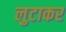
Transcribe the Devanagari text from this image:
लुटाकर